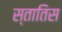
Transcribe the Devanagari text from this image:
स्तातिस